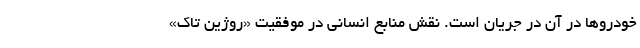
خودروها در آن در جریان است. نقش منابع انسانی در موفقیت «روژین تاک»